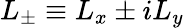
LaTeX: L_{\pm}\equiv L_{x}\pm iL_{y}